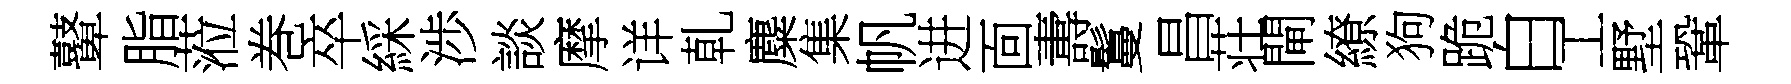
鼙脂蒞巻卒綵渉談摩详乹麋集帆进靣夀鬘昌荘閘繚狗跪白工墅鞏